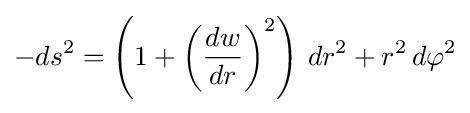
-ds^{2}=\left(1+\left({\frac {dw}{dr}}\right)^{2}\right)\,dr^{2}+r^{2}\,d\varphi ^{2}